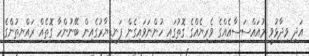
އަދި ވިދާޅުވީ މުއައްސަސާއެއްގެ ވެރިޔެއްގެ ގޮތުގައި ހުންނަވައިގެން ފަނޑިޔާރުގެއިން ބޭނުންހާ ގޮތެއް ރައްޔިތުންގެ